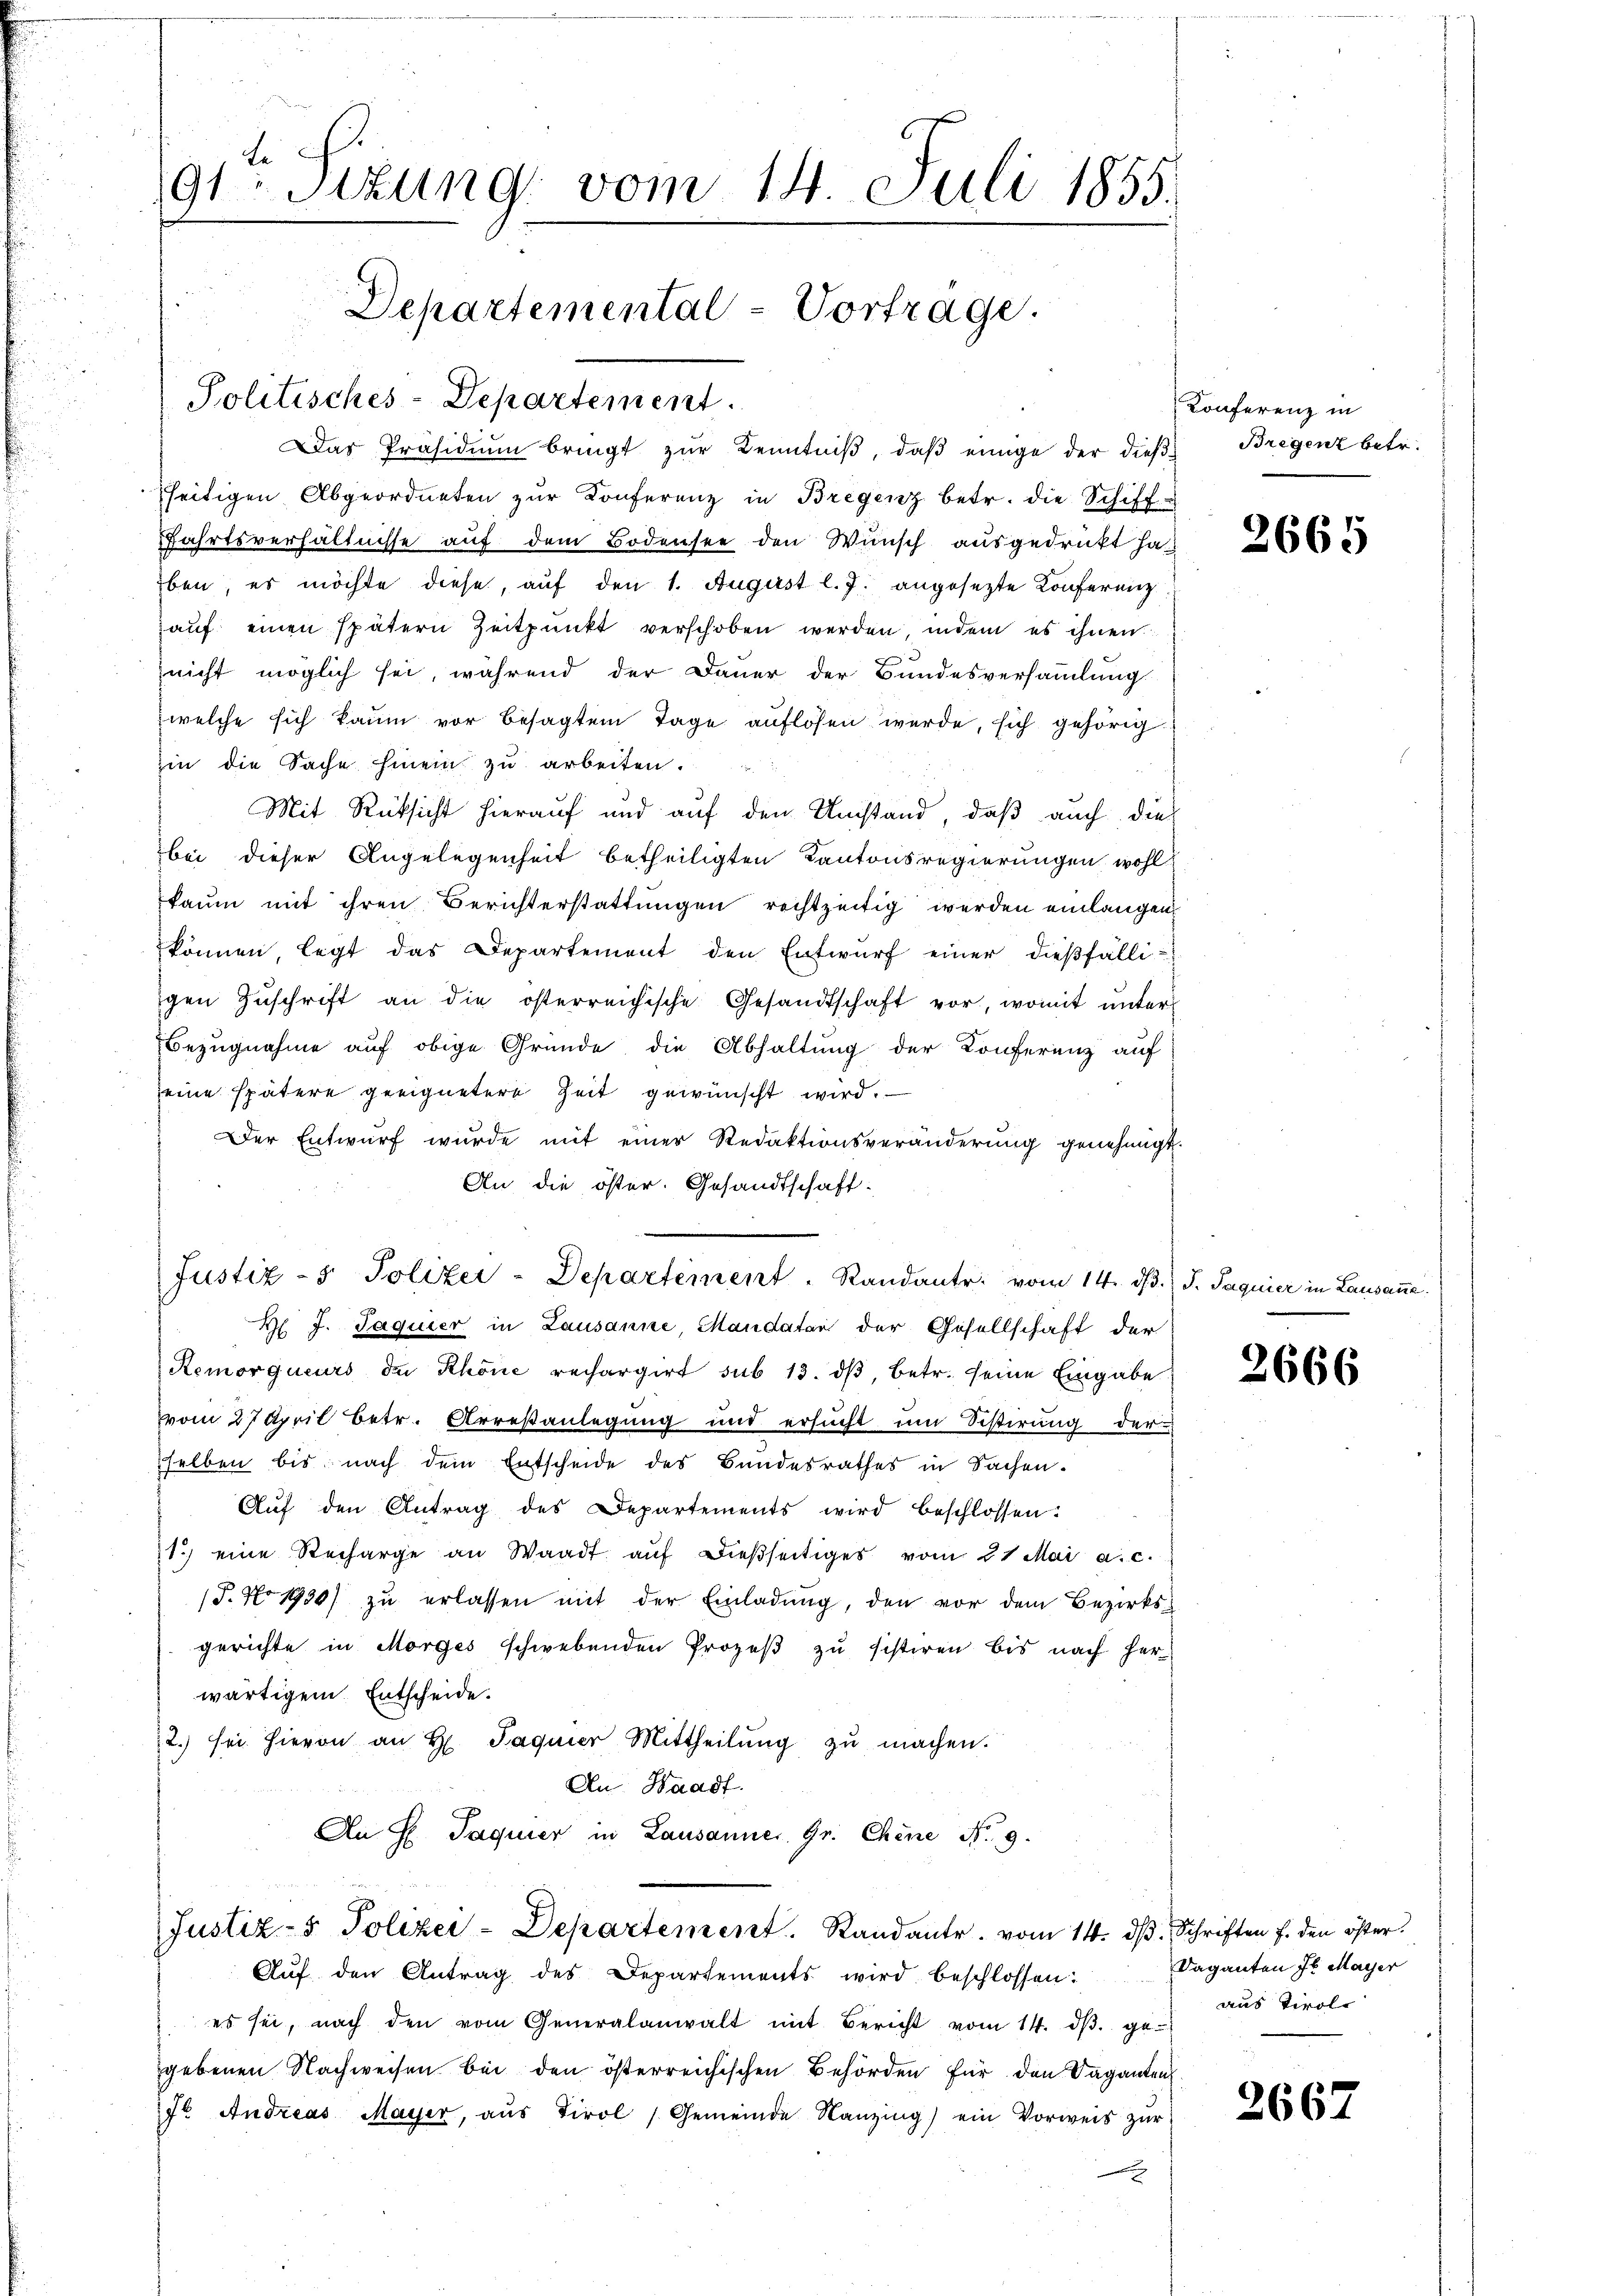
Le
91 Sitzung vom 14. Juli 1855.

Departemental-Vortrage.
Politisches-Departement.

Das Präsidiŭm bringt zŭr Kenntniβ, daβ einige der dießseitigen Abgeordneten zŭr Konferenz in Bregenz betr. die Schiff-
Fahrtsverhältnisse auf dem Bodensee den Wunsch ausgedrukt haben, es möchte diese, auf den 1. August l. J. angesezte Konferenz
auf einen spätern Zeitpunkt verschoben werden, indem es ihnen
nicht möglich sei, während der Dauer der Bundesversammlung
welche sich kaum vor besagten Tage auflösen werde, sich gehörig
zin die Sache hinein zu arbeiten.
Mit Rücksicht hierauf und auf den Umstand, daß auch dies
bei dieser Angelegenheit betheiligten Kantonsregierungen wohl
kaum mit ihren Berichterstattungen rechtzeitig werden einlangen,
können, legt das Departement den Entwurf einer dießfälli-
gen Zŭschrift an die österreichische Gesandtschaft vor, womit unter
Bezugnahme auf obige Gründe die Abhaltung der Konferenz auf
eine spätere geeignetere Zeit gewünscht wird.
Der Entwŭrf wurde mit einer Redaktionsveränderŭng genehmigt.
An die öster. Gesandtschaft-
Justiz- & Polizer-Departement. Randant. vom 14. dβ.
H J. Jaquier in Lausanne, Mandatar der Gesellschaft der
Remorqueurs de Rhone rechargirt sub 13. dβ, betr. seine Eingabe
vom 27 April betr. Arrestanlegung und ersŭcht ŭm Sistirung der
selben bis nach dem Entscheide des Bundesrathes in Sachen.
Aŭf den Antrag des Departements wird beschlossen:
1) eine Recharge an Waadt aŭf dießseitiges vom 21 Mai a.c.
(P. No 1930) zu erlassen mit der Einladung, den vor dem Bezirks-
gerichte in Morges schwebenden Prozeß zu sistiren bis nach her-
wärtigem Entscheide.
2. sei hievon an H. Paquier Mittheilŭng zŭ machen.
An Waadt.
An H Paquier in Lausannes Gr. Chene No. 9.
Justiz- & Polizei-Departement. Sandante vom 14. dβ. Schriften f. den öster.
Aŭf den Antrag des Departements wird beschlossen:
es sei, nach den vom Generalanwalt mit Bericht vom 14. dβ. ge-
gebenen Nachweisen bei den österreichischen Behörden für den Vaganten
7t Andreas Mayer, aŭs Tirol (Gemeinde Kanzing ein Vorweis zŭr

Konferenz in
Bregenz betr.

2665

J. Jaquier in Lausanne.

2666

Daganten Jb. Mayer
aus Tirol

2667